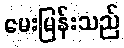
မေးမြန်းသည်